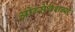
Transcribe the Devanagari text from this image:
ओब्सेर्वशन्स